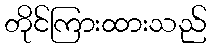
တိုင်ကြားထားသည်